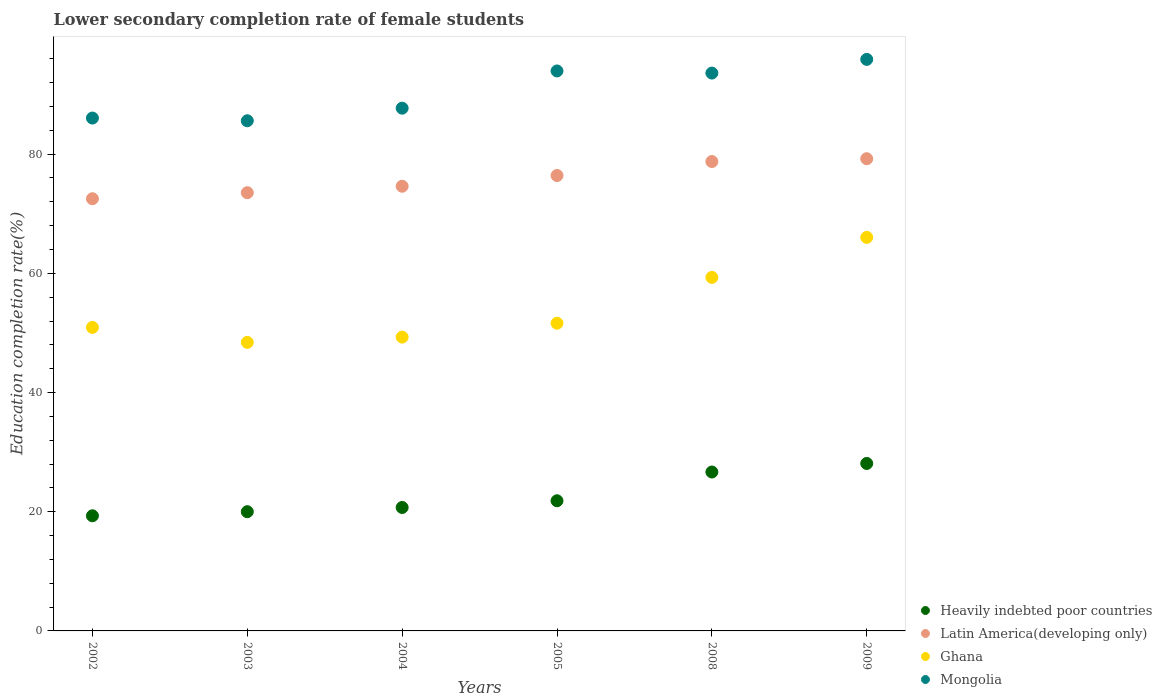
| Years | Heavily indebted poor countries | Latin America(developing only) | Ghana | Mongolia |
 | --- | --- | --- | --- | --- |
 | 2002 | 19.3 | 72.5 | 50.9 | 86.1 |
 | 2003 | 20 | 73.5 | 48.4 | 85.6 |
 | 2004 | 20.7 | 74.6 | 49.3 | 87.7 |
 | 2005 | 21.8 | 76.4 | 51.6 | 94 |
 | 2008 | 26.7 | 78.8 | 59.3 | 93.6 |
 | 2009 | 28.1 | 79.2 | 66 | 95.9 |